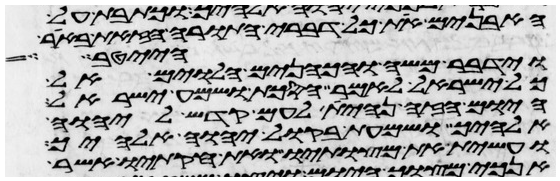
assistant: האבנים את כל דברי התורה הזאת באר
וידבר משה והכהנים הלוים אל
הייטב
כל ישראל לאמר הסכת ושמע ישראל
היום הזה נהית לעם קדש ליהוה
אלהיך ושמעת בקול יהוה אלהיך
ועשית את מצותיו ואת חקתיו אשר